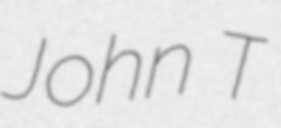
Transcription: John T